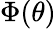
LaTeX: \Phi(\theta)